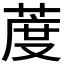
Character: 𦳔